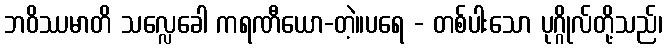
ဘဝိဿမာတိ သလ္လေခေါ ကရဏီယော-တဲ့။ပရေ - တစ်ပါးသော ပုဂ္ဂိုလ်တို့သည်၊